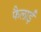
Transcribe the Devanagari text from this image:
फैलाईं